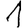
Digit: 1